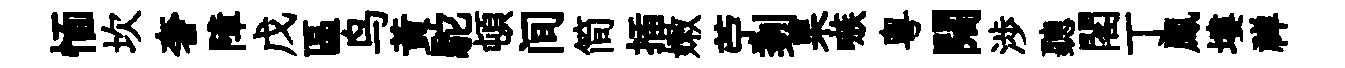
愐坎奢障戊區鸟黄駝頓间简插嫩苧剗杲嗾粤闊渉聽閣丁鳳塿禅